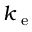
k _ { \mathrm { ~ e ~ } }